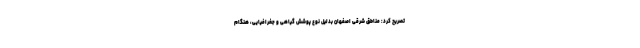
تصریح کرد: مناطق شرقی اصفهان بدلیل نوع پوشش گیاهی و جغرافیایی، هنگام